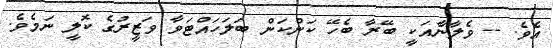
އެވެ. -- ވެލާނާއަކީ ބޭރާ ބެހޭ ކަންކަން ބަލަހައްޓަވާ ވަޒީރުގެ ކޮލީ ނަމެވެ.